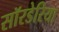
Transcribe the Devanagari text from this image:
सॉरडेरिया